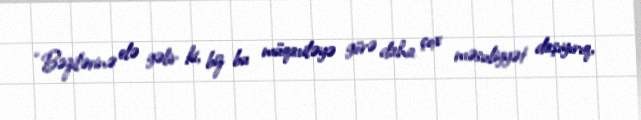
“Bəzilərinə elə gəlir ki, biz bu müqaviləyə görə daha çox məsuliyyət daşıyırıq,